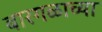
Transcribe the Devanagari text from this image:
बारगळाच्या